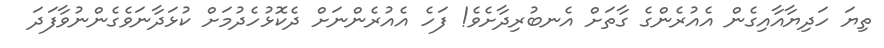
ތިޔަ ހަދިޔާއާއިގެން އެއުރެންގެ ގާތަށް އެނބުރިދާށެވެ! ފަހެ އެއުރެންނަށް ދެކޮޅުހެދުމަށް ކުޅަދާނަވެގެންނުވާފަދަ